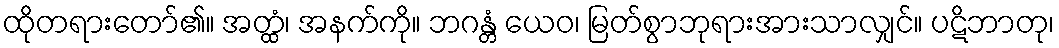
ထိုတရားတော်၏။ အတ္ထံ၊ အနက်ကို။ ဘဂန္တံ ယေဝ၊ မြတ်စွာဘုရားအားသာလျှင်။ ပဋိဘာတု၊